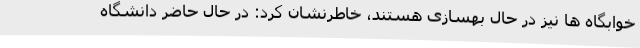
خوابگاه ها نیز در حال بهسازی هستند، خاطرنشان کرد: در حال حاضر دانشگاه